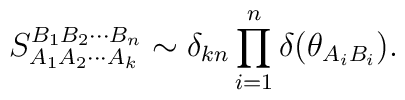
S_{A_1 A_2 \cdots A_k }^{B_1 B_2 \cdots B_n}\sim\delta_{k n}\prod_{i=1}^{n}\delta (\theta_{A_i B_i}).